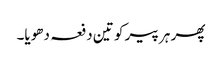
پھر ہر پیر کو تین دفعہ دھویا۔